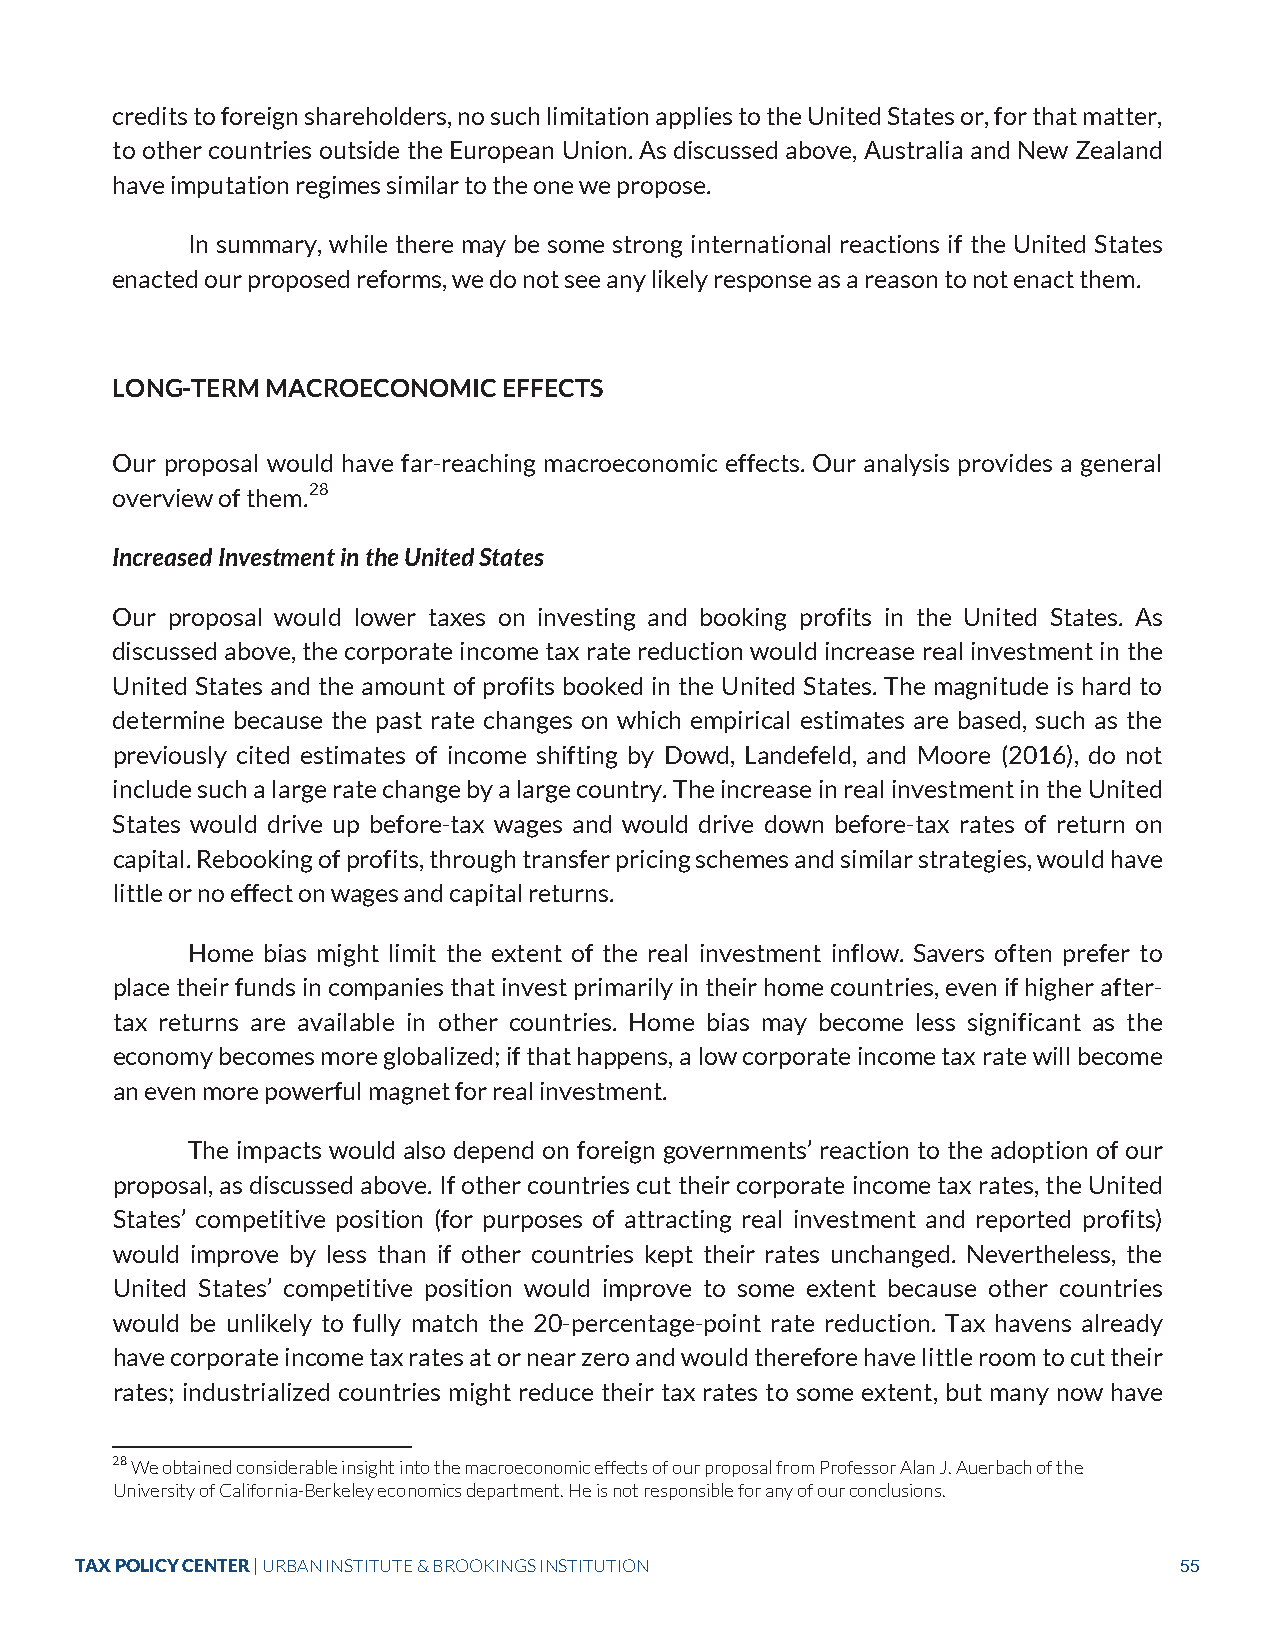
credits to foreign shareholders, no such limitation applies to the United States or, for that matter,
 to other countries outside the European Union. As discussed above, Australia and New Zealand
 have imputation regimes similar to the one we propose.
 In summary, while there may be some strong international reactions if the United States
 enacted our proposed reforms, we do not see any likely response as a reason to not enact them.
 LONG-TERM  MACROECONOMIC  EFFECTS
 Our proposal would have far-reaching macroeconomic effects. Our analysis provides a general
 overview of them.28
 Increased Investment in the United States
 Our proposal would lower taxes on investing and booking profits in the United States. As
 discussed above, the corporate income tax rate reduction would increase real investment in the
 United States and the amount of profits booked in the United States. The magnitude is hard to
 determine because the past rate changes on which empirical estimates are based, such as the
 previously cited estimates of income shifting by Dowd, Landefeld, and Moore (2016), do not
 include such a large rate change by a large country. The increase in real investment in the United
 States would drive up before-tax wages and would drive down before-tax rates of return on
 capital. Rebooking of profits, through transfer pricing schemes and similar strategies, would have
 little or no effect on wages and capital returns.
 Home bias might limit the extent of the real investment inflow. Savers often prefer to
 place their funds in companies that invest primarily in their home countries, even if higher after-
 tax returns are available in other countries. Home bias may become less significant as the
 economy becomes more globalized; if that happens, a low corporate income tax rate will become
 an even more powerful magnet for real investment.
 The impacts would also depend on foreign governments’ reaction to the adoption of our
 proposal, as discussed above. If other countries cut their corporate income tax rates, the United
 States’ competitive position (for purposes of attracting real investment and reported profits)
 would improve by less than if other countries kept their rates unchanged. Nevertheless, the
 United States’ competitive position would improve to some extent because other countries
 would be unlikely to fully match the 20-percentage-point rate reduction. Tax havens already
 have corporate income tax rates at or near zero and would therefore have little room to cut their
 rates; industrialized countries might reduce their tax rates to some extent, but many now have
 28 We obtained considerable insight into the macroeconomic effects of our proposal from Professor Alan J. Auerbach of the
 University of California-Berkeley economics department. He is not responsible for any of our conclusions.
 TAX POLICY CENTER | URBAN INSTITUTE & BROOKINGS INSTITUTION              55